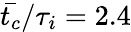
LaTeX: \bar{t_{c}}/\tau_{i}=2.4